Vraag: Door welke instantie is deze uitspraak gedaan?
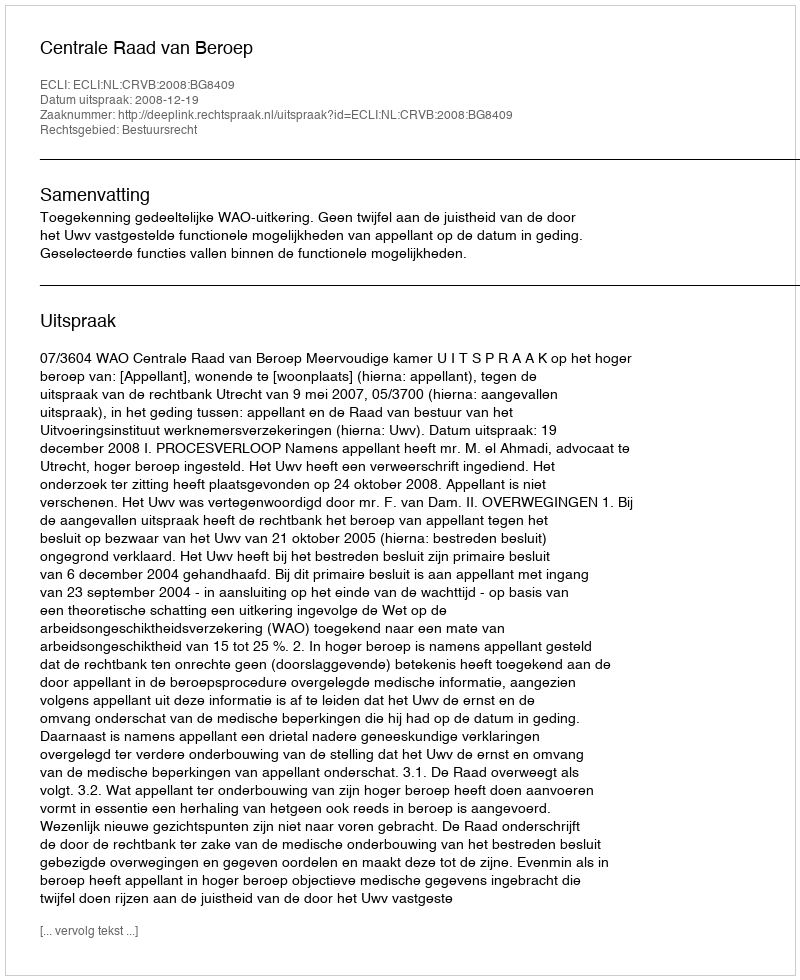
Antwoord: Centrale Raad van Beroep